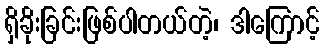
ရှိခိုးခြင်းဖြစ်ပါတယ်တဲ့၊ ဒါကြောင့်